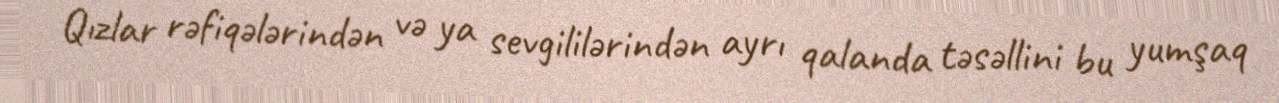
Qızlar rəfiqələrindən və ya sevgililərindən ayrı qalanda təsəllini bu yumşaq